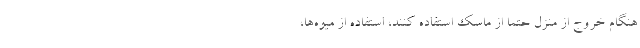
هنگام خروج از منزل حتما از ماسک استفاده کنند، استفاده از میوه‌ها،